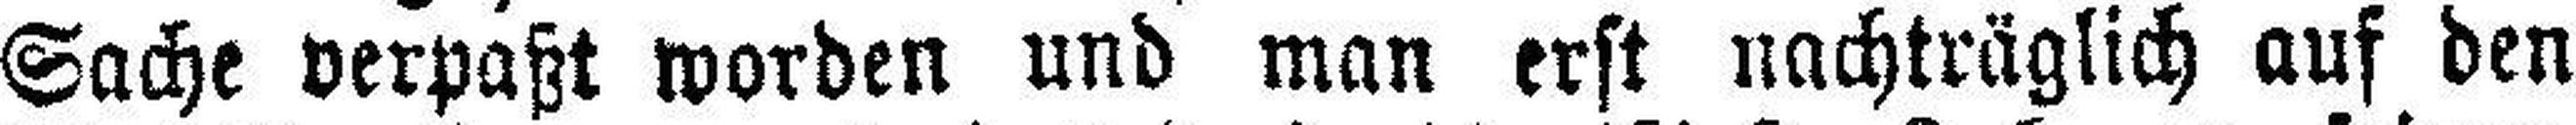
Sache verpaßt worden und man erst nachträglich auf den